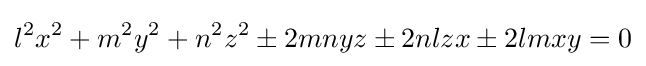
l^{2}x^{2}+m^{2}y^{2}+n^{2}z^{2}\pm 2mnyz\pm 2nlzx\pm 2lmxy=0